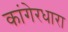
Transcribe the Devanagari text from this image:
कांगेरधारा